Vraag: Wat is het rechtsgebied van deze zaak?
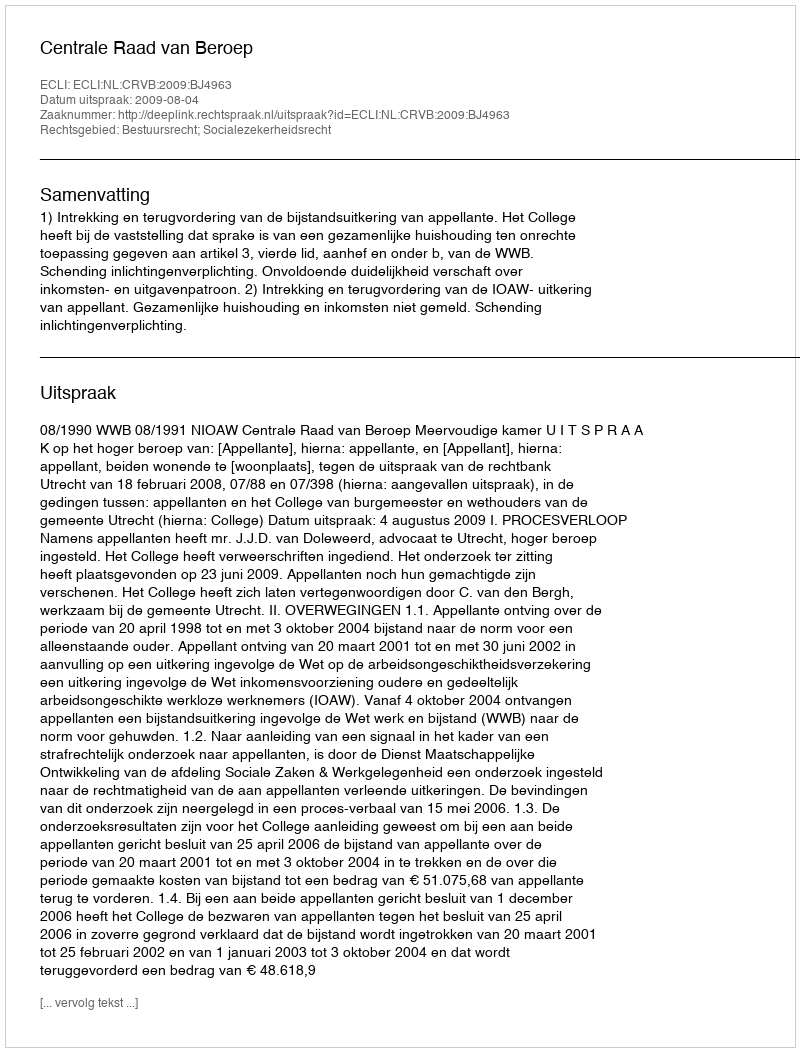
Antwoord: Bestuursrecht; Socialezekerheidsrecht